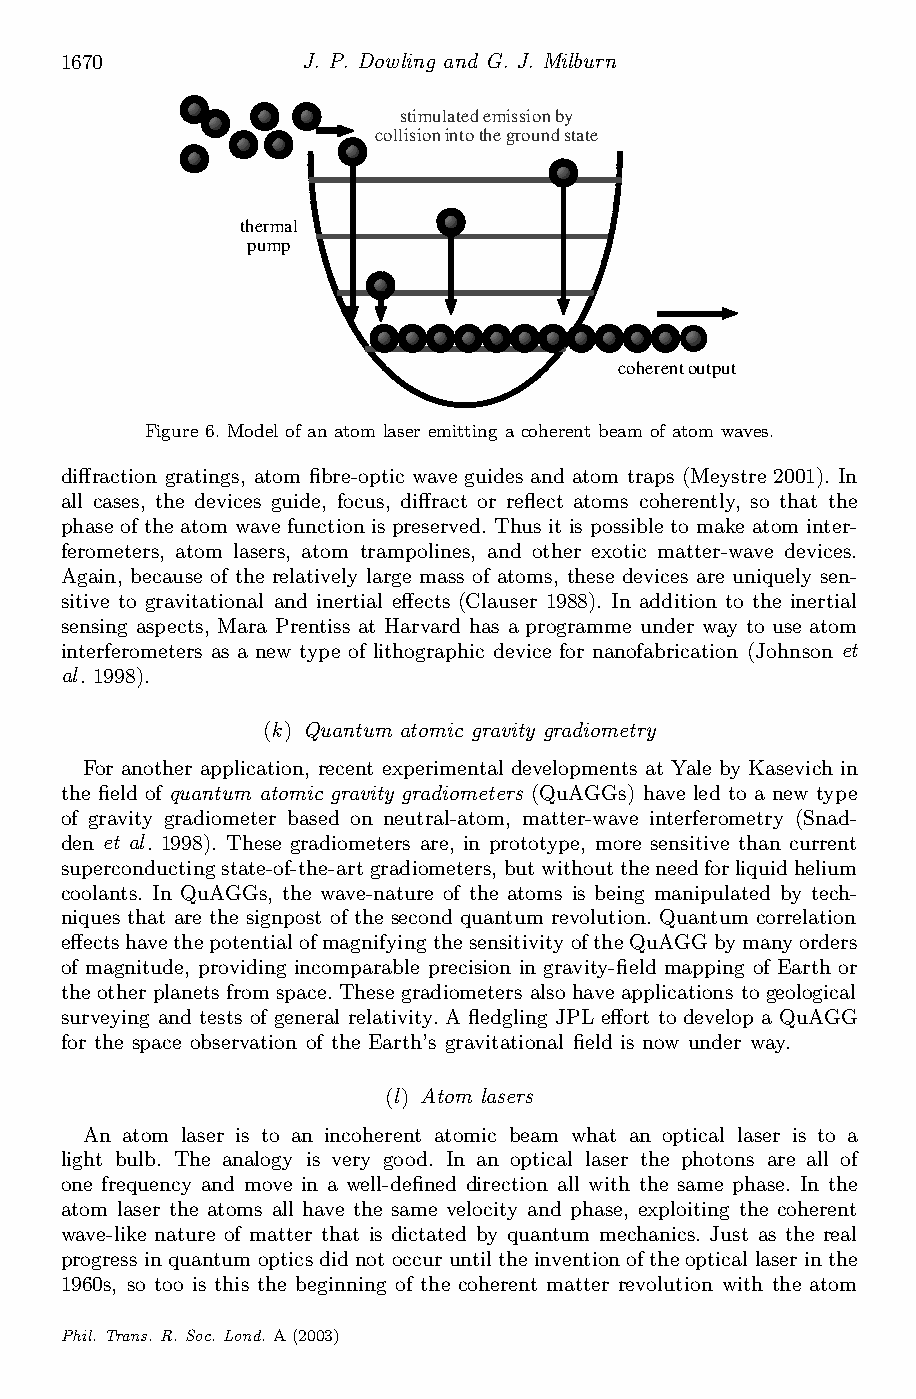
1670            J. P. Dowling and G. J. Milburn
 stimulated emission by
 collision into the ground state
 thermal
 pump
 coherent output
 Figure 6. Model of an atom laser emitting a coherentbeam of atom waves.
 di®raction gratings, atom ¯bre-optic wave guides and atom traps (Meystre 2001). In
 all cases, the devices guide, focus, di®ract or re°ect atoms coherently, so that the
 phase of theatom wave function is preserved. Thus itis possible to make atom inter-
 ferometers, atom lasers, atom trampolines, and other exotic matter-wave devices.
 Again, because of the relatively large mass of atoms, these devices are uniquely sen-
 sitive to gravitational and inertial e®ects (Clauser 1988). In addition to the inertial
 sensing aspects, Mara Prentiss at Harvard has a programme under way to use atom
 interferometers as a new type of lithographic device for nanofabrication (Johnson et
 al. 1998).
 (k) Quantum atomic gravity gradiometry
 For another application, recent experimental developments at Yale by Kasevich in
 the ¯eld of quantum atomic gravity gradiometers (QuAGGs) have led to a new type
 of gravity gradiometer based on neutral-atom, matter-wave interferometry (Snad-
 den et al. 1998). These gradiometers are, in prototype, more sensitive than current
 superconductingstate-of-the-artgradiometers, butwithouttheneedforliquidhelium
 coolants. In QuAGGs, the wave-nature of the atoms is being manipulated by tech-
 niques that are the signpost of the second quantum revolution. Quantum correlation
 e®ectshavethepotential ofmagnifyingthesensitivity oftheQuAGGbymanyorders
 of magnitude, providing incomparable precision in gravity-¯eld mapping of Earth or
 theother planets from space. Thesegradiometers alsohave applications togeological
 surveying and tests of general relativity. A °edgling JPL e®ort to develop a QuAGG
 for the space observation of the Earth’s gravitational ¯eld is now under way.
 (l) Atom lasers
 An atom laser is to an incoherent atomic beam what an optical laser is to a
 light bulb. The analogy is very good. In an optical laser the photons are all of
 one frequency and move in a well-de¯ned direction all with the same phase. In the
 atom laser the atoms all have the same velocity and phase, exploiting the coherent
 wave-like nature of matter that is dictated by quantum mechanics. Just as the real
 progress inquantum opticsdidnotoccuruntiltheinvention oftheoptical laserinthe
 1960s, so too is this the beginning of the coherent matter revolution with the atom
 Phil.Trans. R. Soc. Lond. A(2003)